NAE_EAOK_eestikeelsed_sunnimeetrikad, lk 67
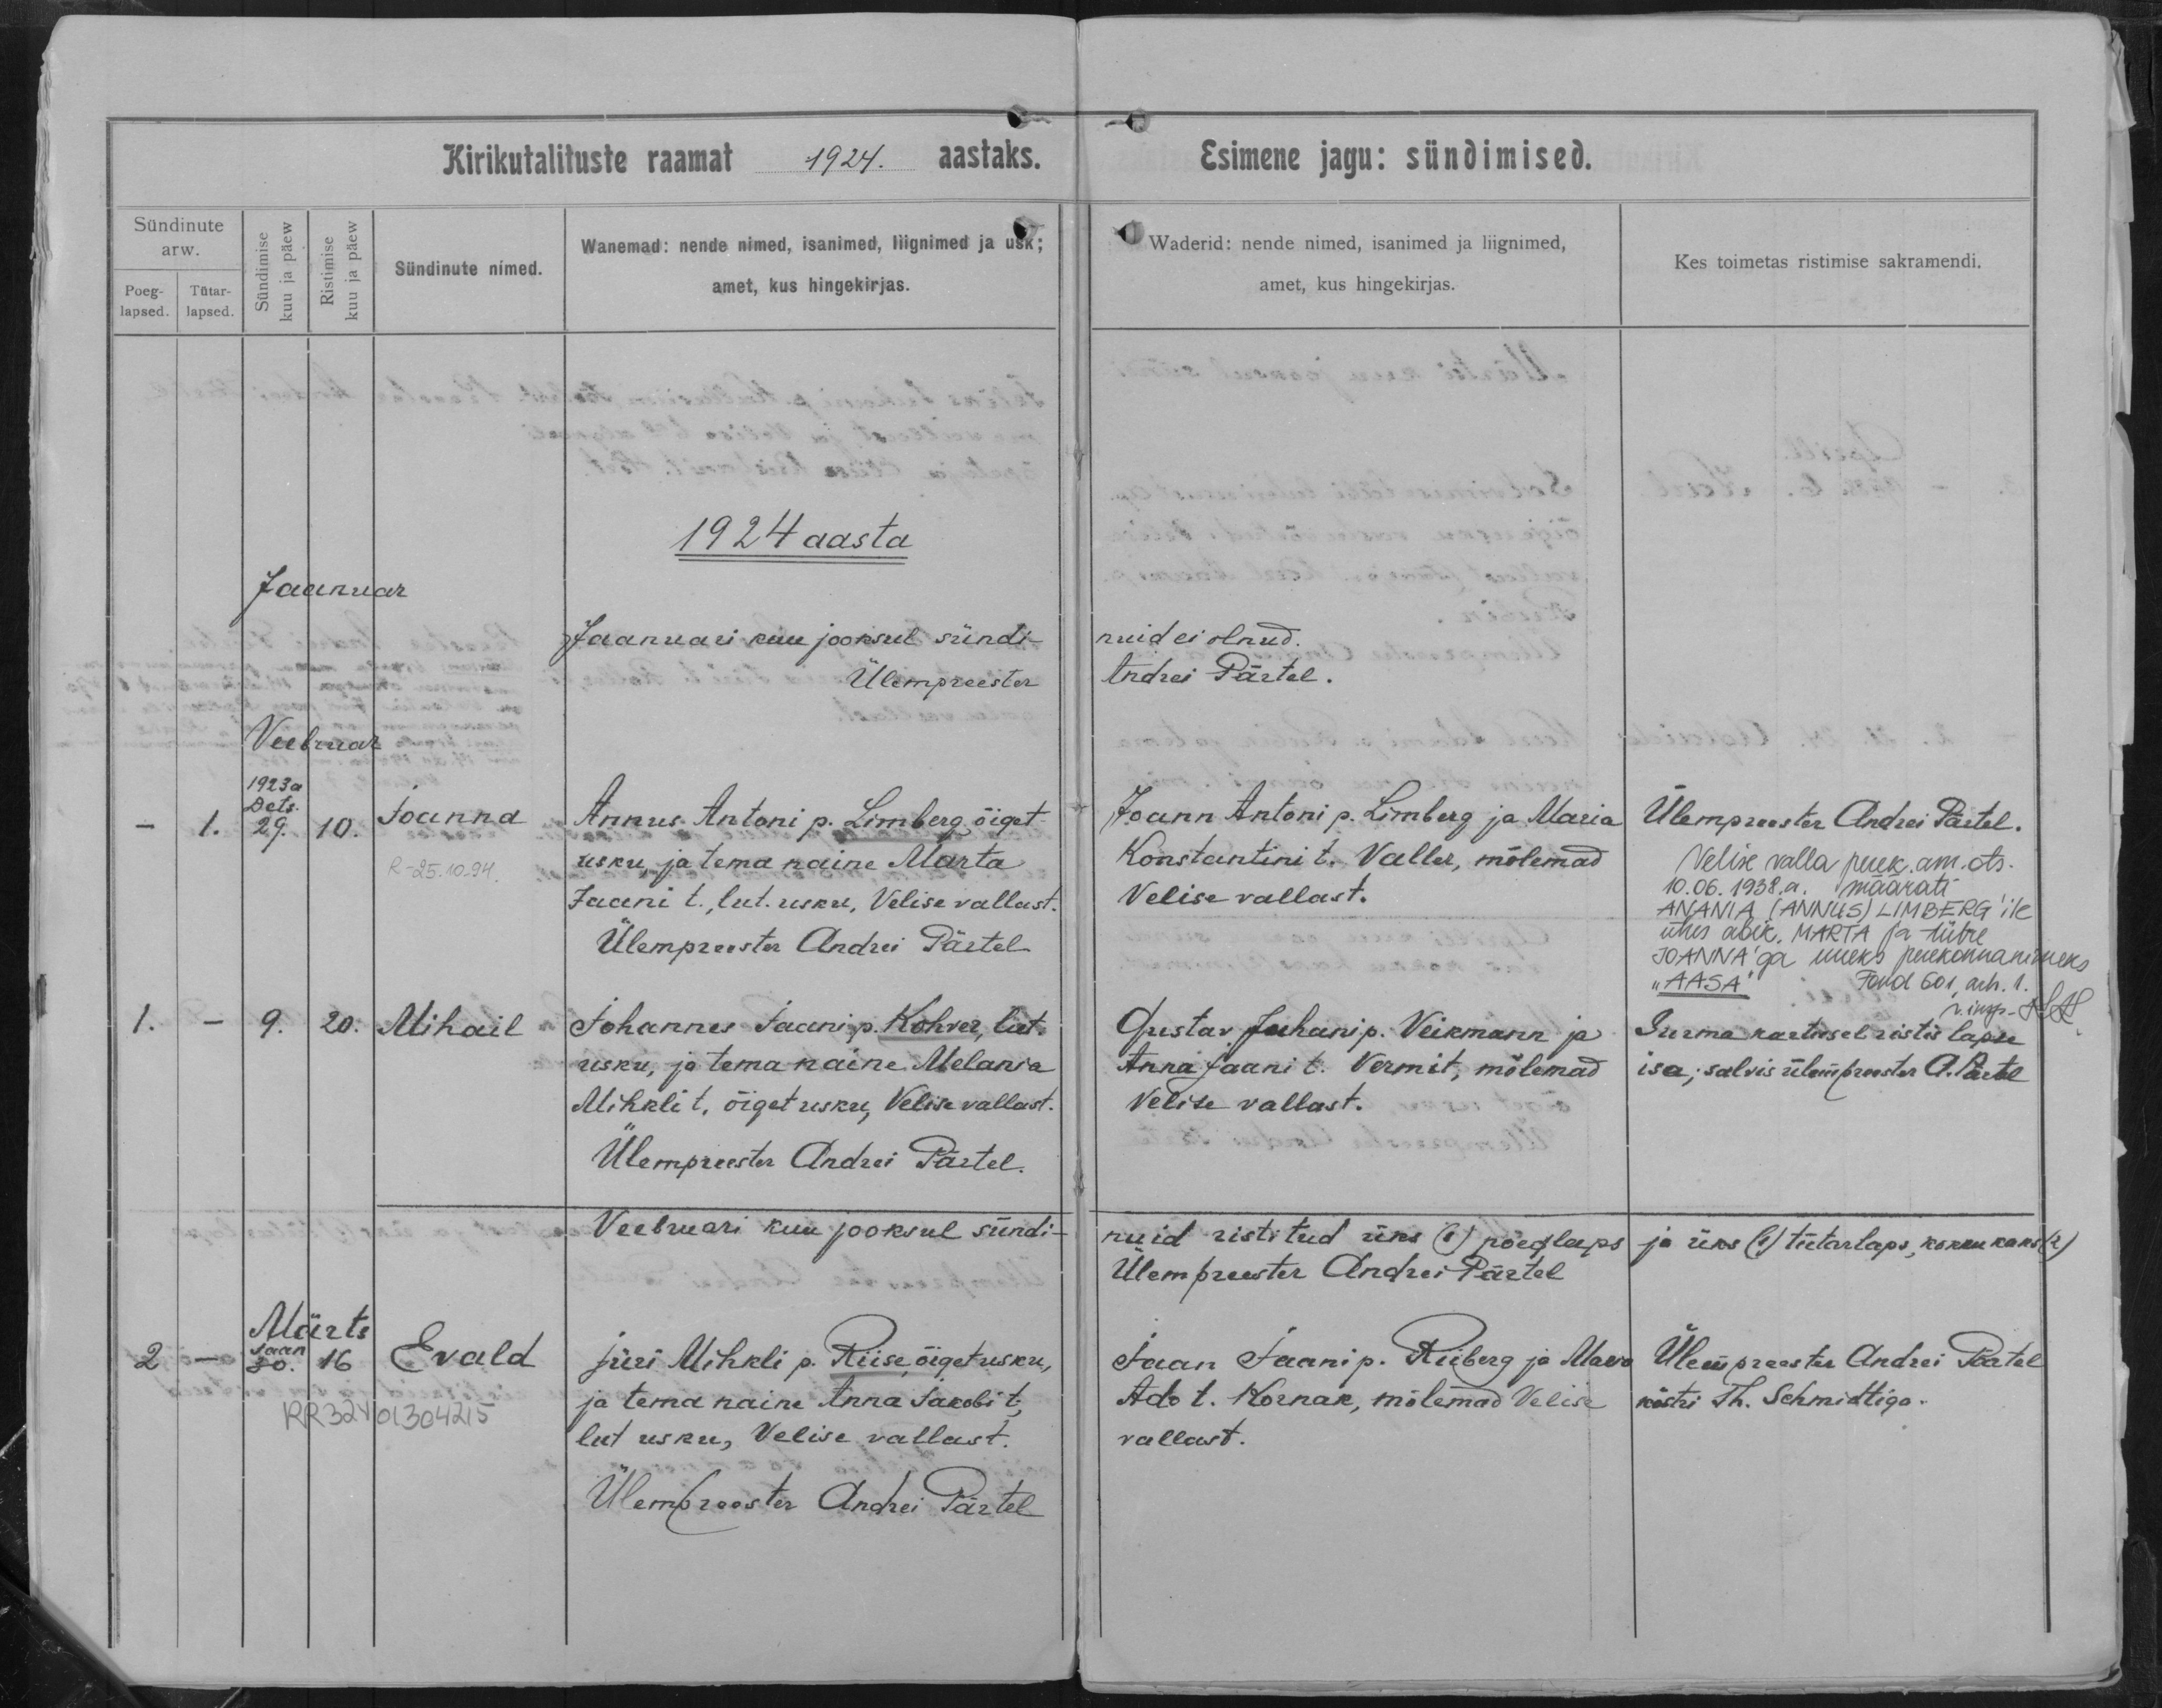
Joanna

Mihail

Evald

Annus Antoni p. Limberg, õiget-
usku, ja tema naine Marta
Jaani t. lut. usku, Velise vallast.

Johannes Jaani p. Kohver, lut.
usku, ja tema naine Melania
Mihkli t. õiget usku, Velise vallast.

Jüri Mihkli p. Riise, õiget usku,
ja tema naine Anna Jakobi t.,
lut usku, Velise vallast.